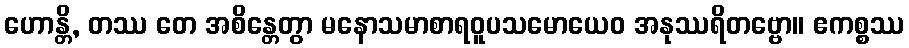
ဟောန္တိ, တဿ တေ အစိန္တေတွာ မနောသမာစာရဝူပသမောယေဝ အနုဿရိတဗ္ဗော။ ဧကစ္စဿ